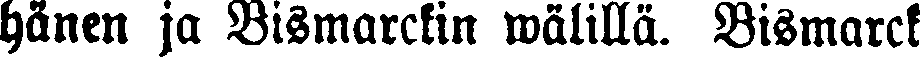
hänen ja Bismarckin wälillä. Bismarck